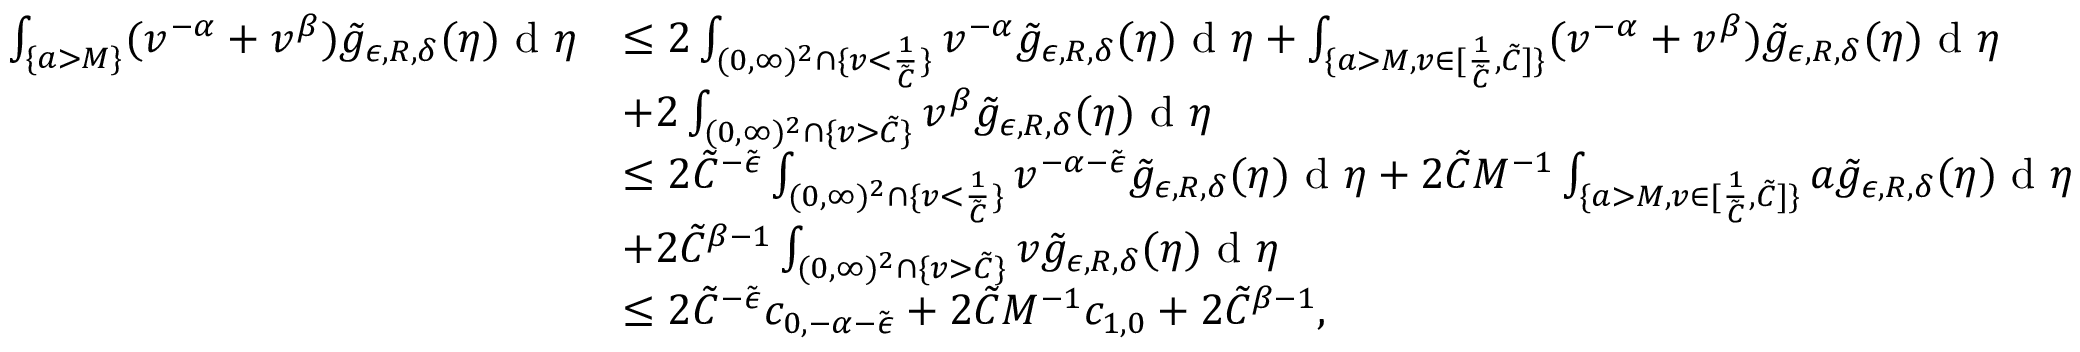
\begin{array} { r l } { \int _ { \{ a > M \} } ( v ^ { - \alpha } + v ^ { \beta } ) \tilde { g } _ { \epsilon , R , \delta } ( \eta ) \textup { d } \eta } & { \leq 2 \int _ { ( 0 , \infty ) ^ { 2 } \cap \{ v < \frac { 1 } { \tilde { C } } \} } v ^ { - \alpha } \tilde { g } _ { \epsilon , R , \delta } ( \eta ) \textup { d } \eta + \int _ { \{ a > M , v \in [ \frac { 1 } { \tilde { C } } , \tilde { C } ] \} } ( v ^ { - \alpha } + v ^ { \beta } ) \tilde { g } _ { \epsilon , R , \delta } ( \eta ) \textup { d } \eta } \\ & { + 2 \int _ { ( 0 , \infty ) ^ { 2 } \cap \{ v > \tilde { C } \} } v ^ { \beta } \tilde { g } _ { \epsilon , R , \delta } ( \eta ) \textup { d } \eta } \\ & { \leq 2 \tilde { C } ^ { - \tilde { \epsilon } } \int _ { ( 0 , \infty ) ^ { 2 } \cap \{ v < \frac { 1 } { \tilde { C } } \} } v ^ { - \alpha - \tilde { \epsilon } } \tilde { g } _ { \epsilon , R , \delta } ( \eta ) \textup { d } \eta + 2 \tilde { C } M ^ { - 1 } \int _ { \{ a > M , v \in [ \frac { 1 } { \tilde { C } } , \tilde { C } ] \} } a \tilde { g } _ { \epsilon , R , \delta } ( \eta ) \textup { d } \eta } \\ & { + 2 \tilde { C } ^ { \beta - 1 } \int _ { ( 0 , \infty ) ^ { 2 } \cap \{ v > \tilde { C } \} } v \tilde { g } _ { \epsilon , R , \delta } ( \eta ) \textup { d } \eta } \\ & { \leq 2 \tilde { C } ^ { - \tilde { \epsilon } } c _ { 0 , - \alpha - \tilde { \epsilon } } + 2 \tilde { C } M ^ { - 1 } c _ { 1 , 0 } + 2 \tilde { C } ^ { \beta - 1 } , } \end{array}